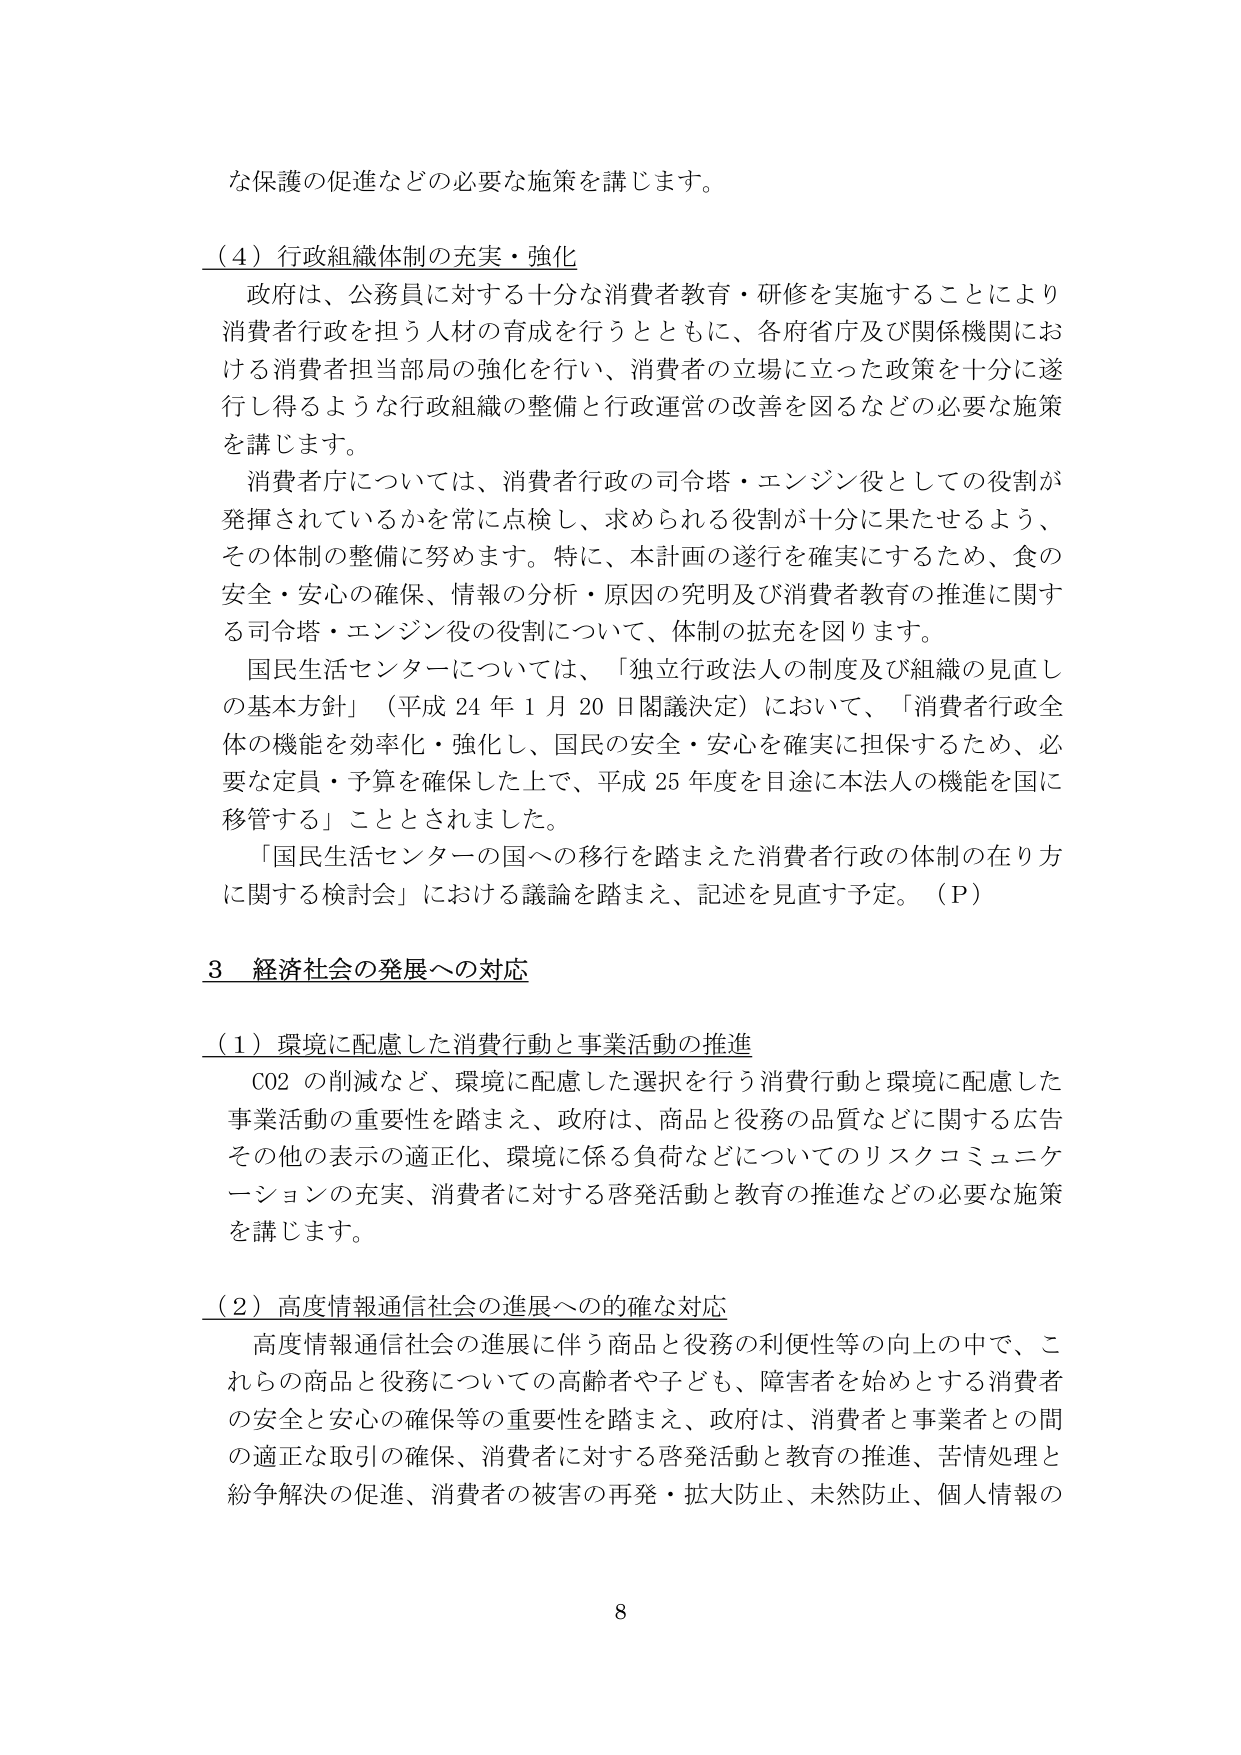
な保護の促進などの必要な施策を講じます。

（４）行政組織体制の充実・強化
　政府は、公務員に対する十分な消費者教育・研修を実施することにより
消費者行政を担う人材の育成を行うとともに、各府省庁及び関係機関にお
ける消費者担当部局の強化を行い、消費者の立場に立った政策を十分に遂
行し得るような行政組織の整備と行政運営の改善を図るなどの必要な施策
を講じます。
　消費者庁については、消費者行政の司令塔・エンジン役としての役割が
発揮されているかを常に点検し、求められる役割が十分に果たせるよう、
その体制の整備に努めます。特に、本計画の遂行を確実にするため、食の
安全・安心の確保、情報の分析・原因の究明及び消費者教育の推進に関す
る司令塔・エンジン役の役割について、体制の拡充を図ります。
　国民生活センターについては、「独立行政法人の制度及び組織の見直し
の基本方針」（平成24年1月20日閣議決定）において、「消費者行政全
体の機能を効率化・強化し、国民の安全・安心を確実に担保するため、必
要な定員・予算を確保した上で、平成25年度を目途に本法人の機能を国に
移管する」こととされました。
　「国民生活センターの国への移行を踏まえた消費者行政の体制の在り方
に関する検討会」における議論を踏まえ、記述を見直す予定。（Ｐ）

３ 経済社会の発展への対応

（１）環境に配慮した消費行動と事業活動の推進
　CO2の削減など、環境に配慮した選択を行う消費行動と環境に配慮した
事業活動の重要性を踏まえ、政府は、商品と役務の品質などに関する広告
その他の表示の適正化、環境に係る負荷などについてのリスクコミュニケーションの充実、消費者に対する啓発活動と教育の推進などの必要な施策
を講じます。

（２）高度情報通信社会の進展への的確な対応
　高度情報通信社会の進展に伴う商品と役務の利便性等の向上の中で、こ
れらの商品と役務についての高齢者や子ども、障害者を始めとする消費者
の安全と安心の確保等の重要性を踏まえ、政府は、消費者と事業者との間
の適正な取引の確保、消費者に対する啓発活動と教育の推進、苦情処理と
紛争解決の促進、消費者の被害の再発・拡大防止、未然防止、個人情報の

8